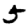
Digit: 5